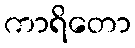
ကာရိတော